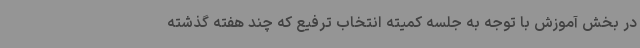
در بخش آموزش با توجه به جلسه کمیته انتخاب ترفیع که چند هفته گذشته